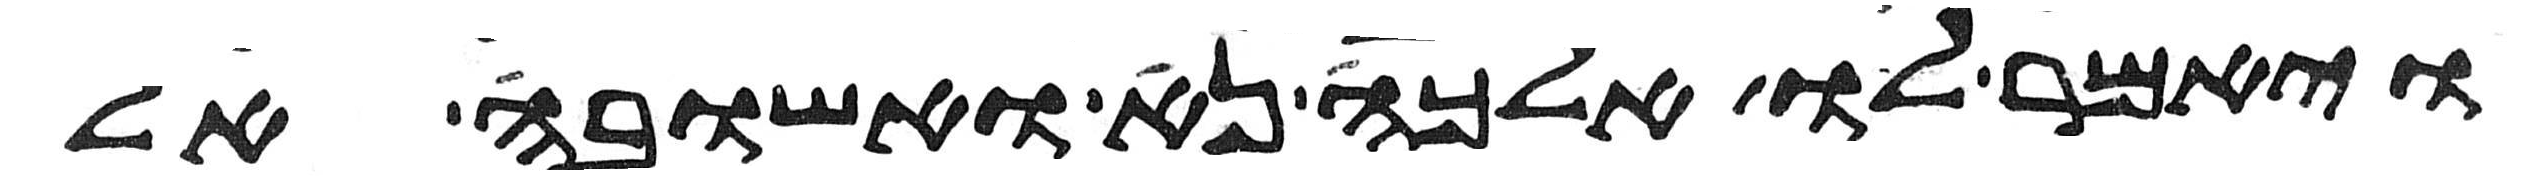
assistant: ויאמר לו אלכה נא ואשובה אל